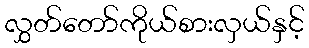
လွှတ်တော်ကိုယ်စားလှယ်နှင့်